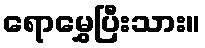
ရောမွှေပြီးသား။